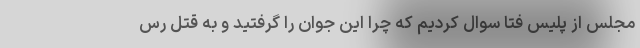
مجلس از پلیس فتا سوال کردیم که چرا این جوان را گرفتید و به قتل رس